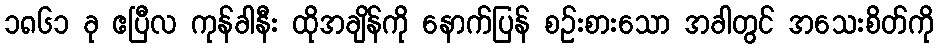
၁၈၆၁ ခု ဧပြီလ ကုန်ခါနီး ထိုအချိန်ကို နောက်ပြန် စဉ်းစားသော အခါတွင် အသေးစိတ်ကို